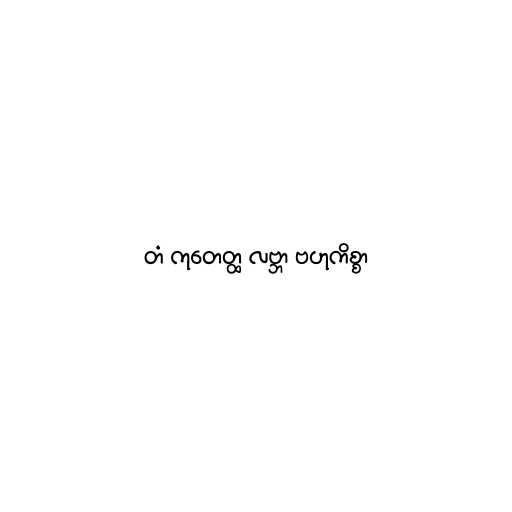
တံ ကုတေတ္ထ လဗ္ဘာ ဗဟုကိစ္စာ